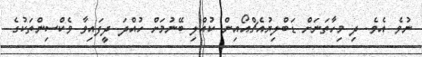
ނުވެ އެވެ. ދި މިހާތަނަށް ޑަބްލިޔުއެޗްއޯއިން ކުއްލި ބޭނުމަށް ހުއްދަ ދީފައިވާ ވެކްސިންތަކުގެ